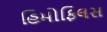
હિમોફિલસ